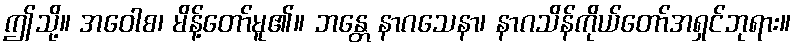
ဤသို့။ အဝေါစ၊ မိန့်တော်မူ၏။ ဘန္တေ နာဂသေနာ၊ နာဂသိန်ကိုယ်တော်အရှင်ဘုရား။